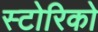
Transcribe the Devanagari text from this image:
स्टोरिको